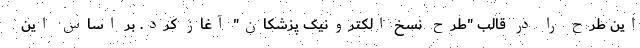
این طرح را در قالب "طرح نسخ الکترونیک پزشکان" آغاز کرد. بر اساس این